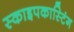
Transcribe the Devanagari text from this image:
स्काइपकास्टिंग